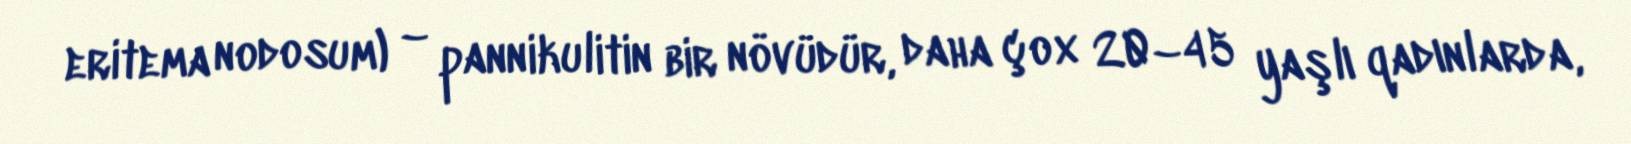
eritema nodosum) – pannikulitin bir növüdür, daha çox 20–45 yaşlı qadınlarda,